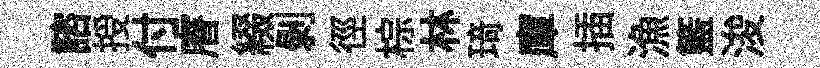
諮授付𥈠綴剥徑棕林𤦺庫插漁籃浚